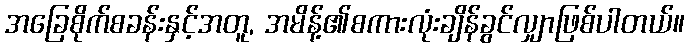
အခြေစိုက်စခန်းနှင့်အတူ, အမိန့်၏စကားလုံးချိန်ခွင်လျှာဖြစ်ပါတယ်။